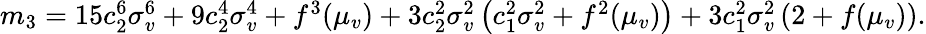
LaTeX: \begin{array}{r}{m_{3}=15c_{2}^{6}\sigma_{v}^{6}+9c_{2}^{4}\sigma_{v}^{4}+f^{3}(\mu_{v})+3c_{2}^{2}\sigma_{v}^{2}\left(c_{1}^{2}\sigma_{v}^{2}+f^{2}(\mu_{v})\right)+3c_{1}^{2}\sigma_{v}^{2}\left(2+f(\mu_{v})\right).}\end{array}